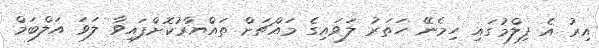
އިރު އެ ފިލްމުގައި ހިމެނޭ ހަތަރު ލަވައިގެ މައްޗަށް ތައްޔާރުކޮށްފައިވާ ލަވަ އަލްބަމް